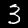
Digit: 3